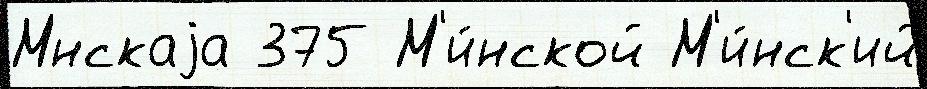
Мнскаjа 375 М'и́нской М'и́нск'ий